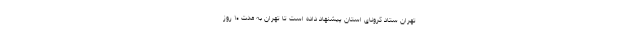
تهرانُ ستاد کرونای استان پیشنهاد داده است تا تهران به مدت ۱۰ روز